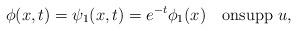
LaTeX: \begin{align*}\phi(x,t)=\psi_1(x,t)=e^{-t}\phi_1(x)\quad\mbox{on}\mbox{supp}\ u,\end{align*}